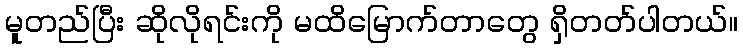
မူတည်ပြီး ဆိုလိုရင်းကို မထိမြောက်တာတွေ ရှိတတ်ပါတယ်။